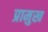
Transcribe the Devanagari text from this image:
प्रामुख